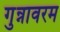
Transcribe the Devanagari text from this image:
गुन्नावरम